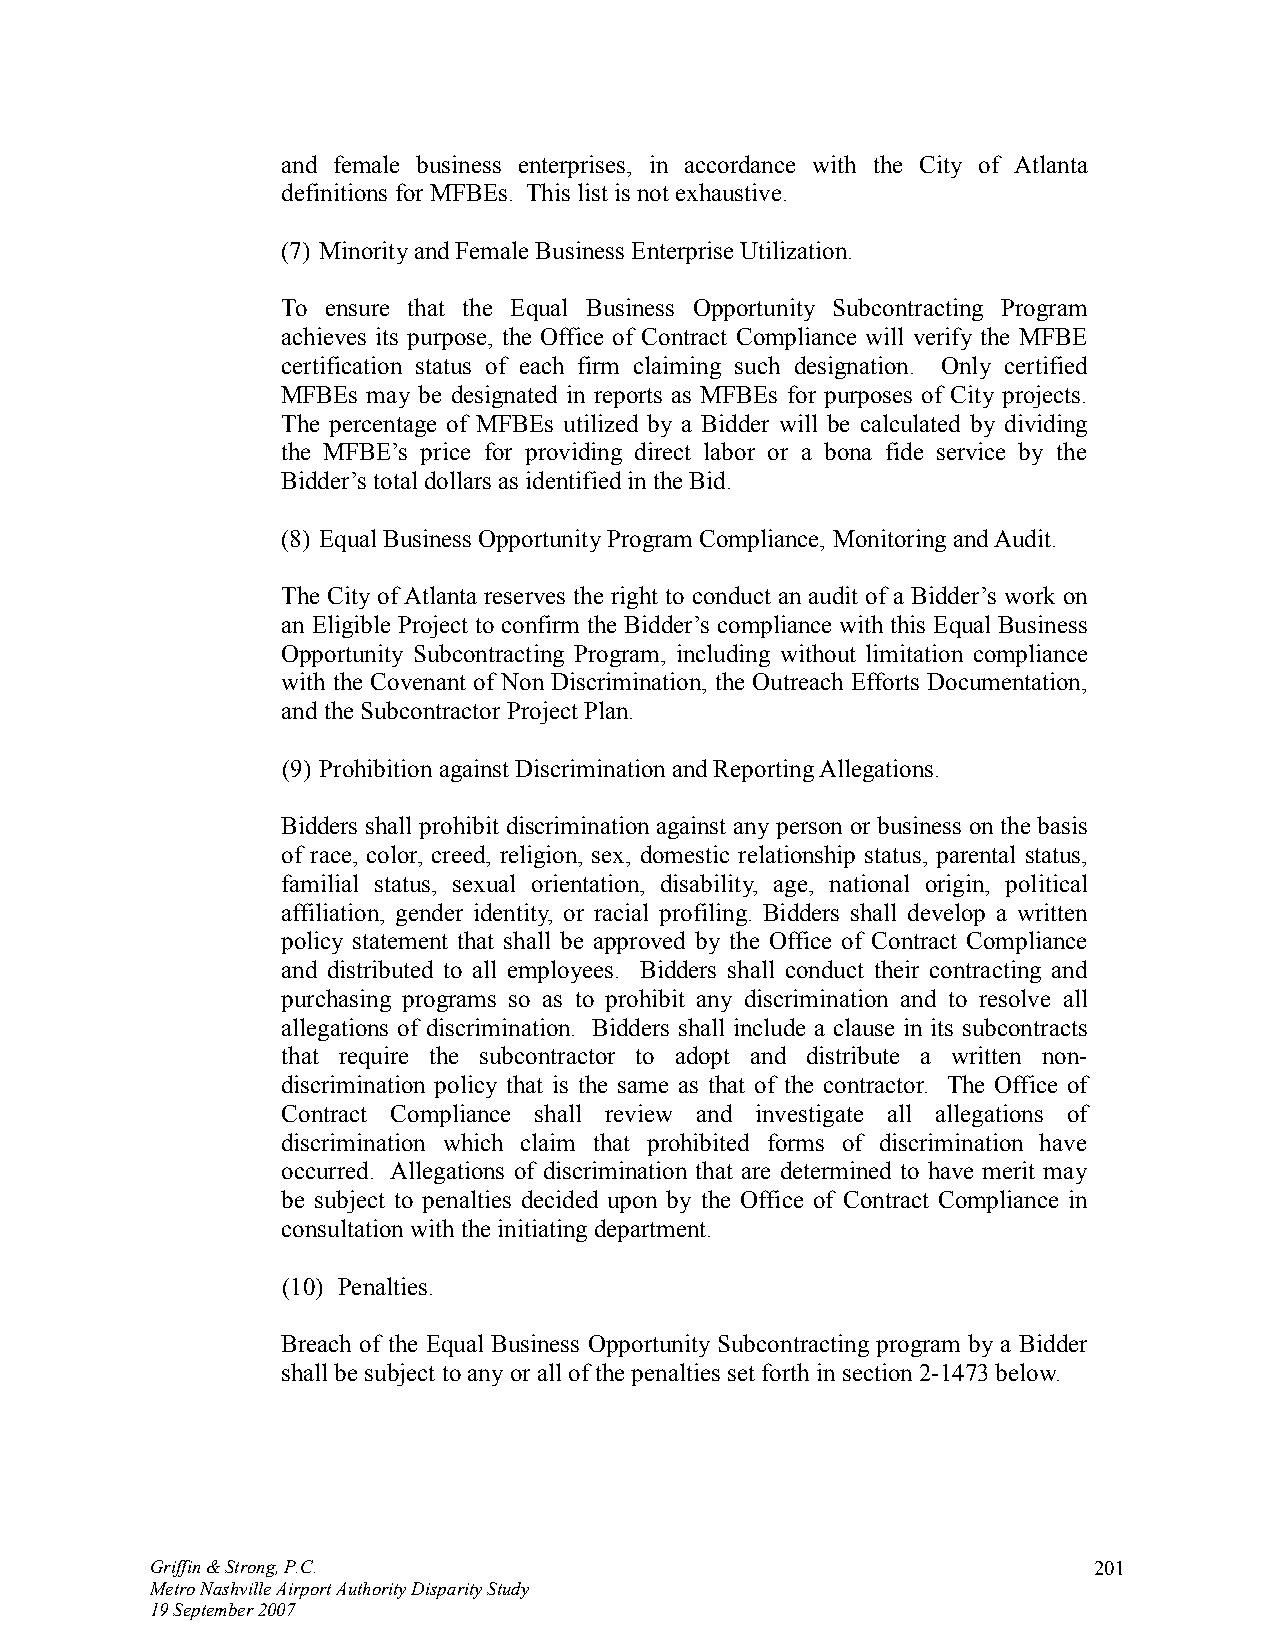
and female business enterprises, in accordance with the City of Atlanta
 definitions for MFBEs. This list is not exhaustive.
 (7) Minority and Female Business Enterprise Utilization.
 To ensure that the Equal Business Opportunity Subcontracting Program
 achieves its purpose, the Office of Contract Compliance will verify the MFBE
 certification status of each firm claiming such designation. Only certified
 MFBEs may be designated in reports as MFBEs for purposes of City projects.
 The percentage of MFBEs utilized by a Bidder will be calculated by dividing
 the MFBE’s price for providing direct labor or a bona fide service by the
 Bidder’s total dollars as identified in the Bid.
 (8) Equal Business Opportunity Program Compliance, Monitoring and Audit.
 The City of Atlanta reserves the right to conduct an audit of a Bidder’s work on
 an Eligible Project to confirm the Bidder’s compliance with this Equal Business
 Opportunity Subcontracting Program, including without limitation compliance
 with the Covenant of Non Discrimination, the Outreach Efforts Documentation,
 and the Subcontractor Project Plan.
 (9) Prohibition against Discrimination and Reporting Allegations.
 Bidders shall prohibit discrimination against any person or business on the basis
 of race, color, creed, religion, sex, domestic relationship status, parental status,
 familial status, sexual orientation, disability, age, national origin, political
 affiliation, gender identity, or racial profiling. Bidders shall develop a written
 policy statement that shall be approved by the Office of Contract Compliance
 and distributed to all employees. Bidders shall conduct their contracting and
 purchasing programs so as to prohibit any discrimination and to resolve all
 allegations of discrimination. Bidders shall include a clause in its subcontracts
 that require the subcontractor to adopt and distribute a written non-
 discrimination policy that is the same as that of the contractor. The Office of
 Contract Compliance shall review and investigate all allegations of
 discrimination which claim that prohibited forms of discrimination have
 occurred. Allegations of discrimination that are determined to have merit may
 be subject to penalties decided upon by the Office of Contract Compliance in
 consultation with the initiating department.
 (10) Penalties.
 Breach of the Equal Business Opportunity Subcontracting program by a Bidder
 shall be subject to any or all of the penalties set forth in section 2-1473 below.
 Griffin & Strong, P.C.                                        201
 Metro Nashville Airport Authority Disparity Study
 19 September 2007